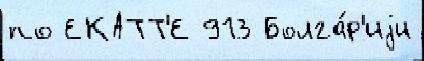
по ЕКАТТ'Е 913 Болга́р'иjи